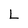
Character: L